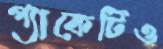
প্যাকেটিও